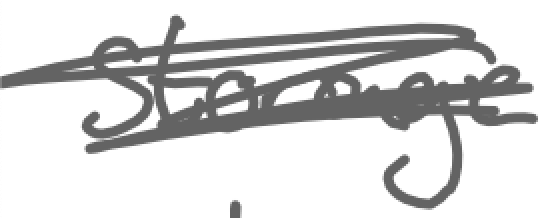
Text: storage
Cross-out: scratch
Writing tool: digital_gray